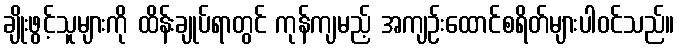
ချိုးဖွင့်သူများကို ထိန်းချုပ်ရာတွင် ကုန်ကျမည့် အကျဉ်းထောင်စရိတ်များပါဝင်သည်။